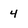
Character: 4